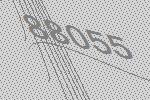
88055